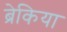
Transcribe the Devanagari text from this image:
ब्रेकिया